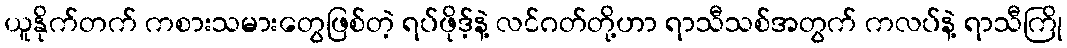
ယူနိုက်တက် ကစားသမားတွေဖြစ်တဲ့ ရပ်ဖိုဒ့်နဲ့ လင်ဂတ်တို့ဟာ ရာသီသစ်အတွက် ကလပ်နဲ့ ရာသီကြို